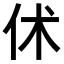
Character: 𠇲